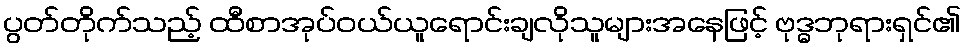
ပွတ်တိုက်သည့် ထီစာအုပ်ဝယ်ယူရောင်းချလိုသူများအနေဖြင့် ဗုဒ္ဓဘုရားရှင်၏